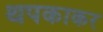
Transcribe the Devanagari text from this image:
थपकाकर